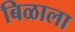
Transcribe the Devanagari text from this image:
बिळाला